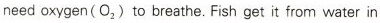
need oxygen(O_{2})to breathe.Fish get it from water in